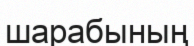
шарабының